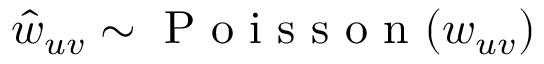
\hat { w } _ { u v } \sim \mathrm { ~ P ~ o ~ i ~ s ~ s ~ o ~ n ~ } ( w _ { u v } )